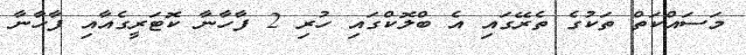
މަސައްކަތް ތަކުގެ ތެރޭގައި އެ ބްލޮކްގައި ހުރި 2 ފާހާނާ ކޮޓަރީގެއާއި ފާހާނާ